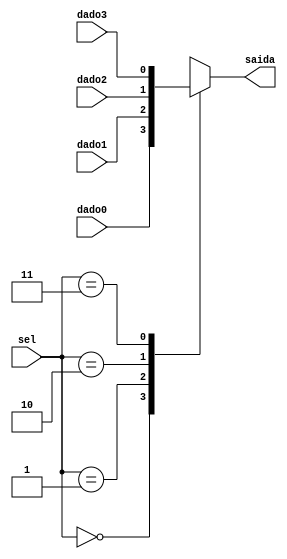
module mux1_4a(
	input [1:0] sel,
	input dado0,dado1,dado2,dado3,
	output saida
	);
	
	always @(*)
		case (sel)
			2'b00: saida <= dado0;
			2'b01: saida <= dado1;
			2'b10: saida <= dado2;
			2'b11: saida <= dado3;
			default: saida <= 1'b0;
		endcase
			
endmodule